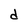
Character: d